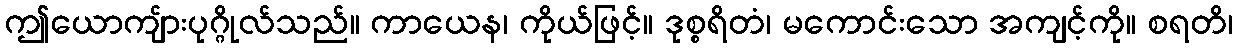
ဤယောကျ်ားပုဂ္ဂိုလ်သည်။ ကာယေန၊ ကိုယ်ဖြင့်။ ဒုစ္စရိတံ၊ မကောင်းသော အကျင့်ကို။ စရတိ၊